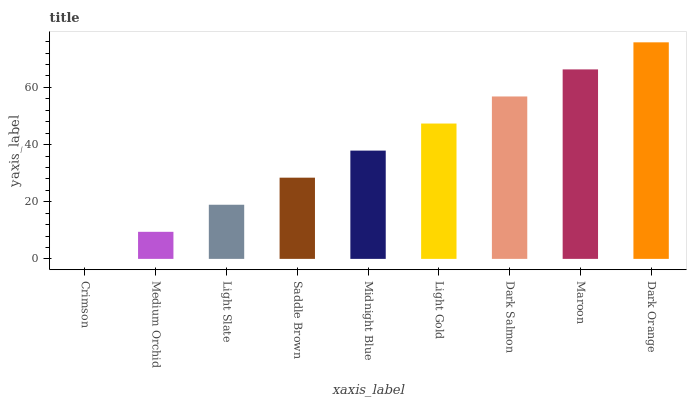
| xaxis_label | bars |
 | --- | --- |
 | Crimson | 0 |
 | Medium Orchid | 9.47 |
 | Light Slate | 18.9 |
 | Saddle Brown | 28.4 |
 | Midnight Blue | 37.9 |
 | Light Gold | 47.4 |
 | Dark Salmon | 56.8 |
 | Maroon | 66.3 |
 | Dark Orange | 75.8 |